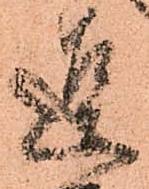
逗